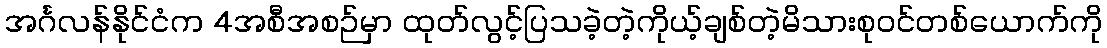
အင်္ဂလန်နိုင်ငံက 4အစီအစဉ်မှာ ထုတ်လွင့်ပြသခဲ့တဲ့ကိုယ့်ချစ်တဲ့မိသားစုဝင်တစ်ယောက်ကို